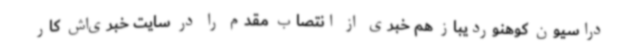
دراسیون کوهنوردیباز هم خبری از انتصاب مقدم را در سایت خبری‌اش کار